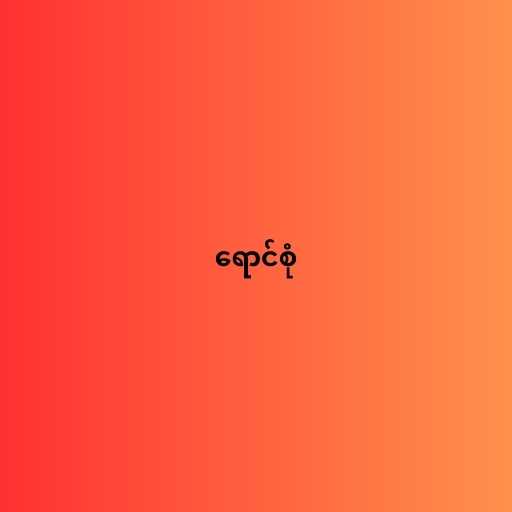
ရောင်စုံ